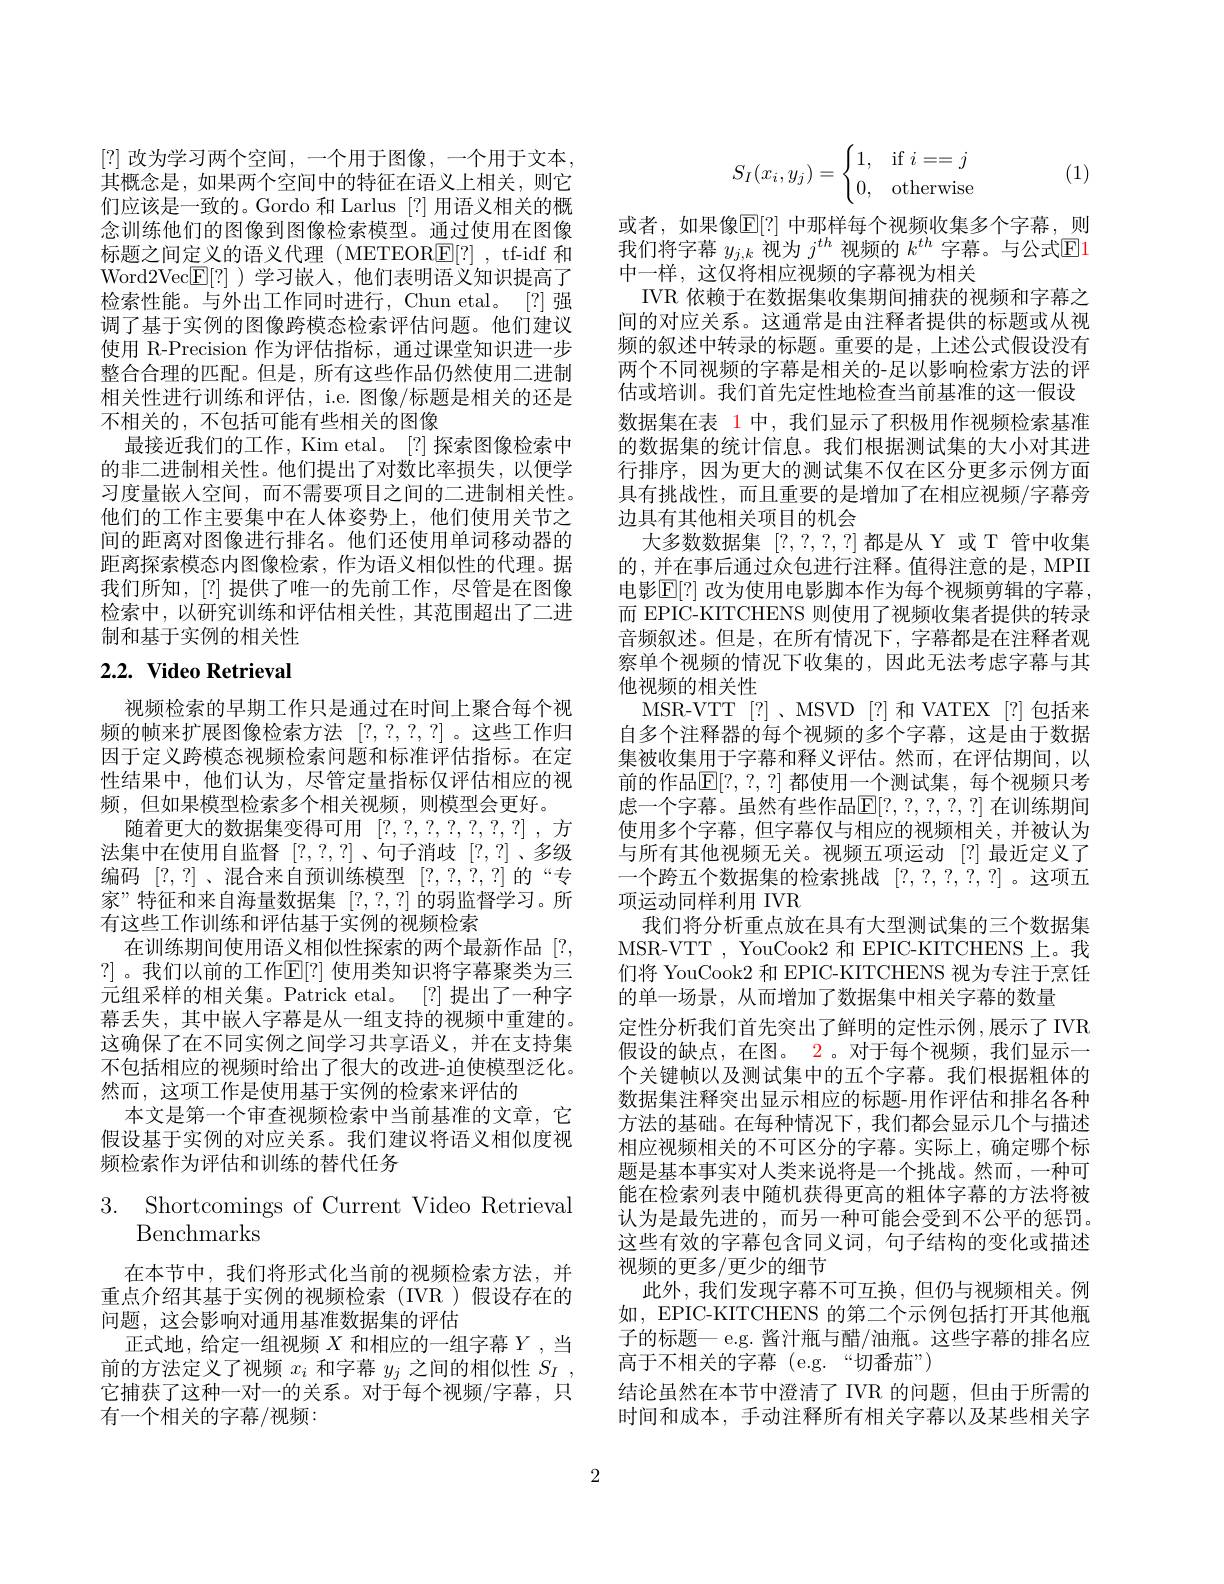
[?] 改为学习两个空间，一个用于图像，一个用于文本， 其概念是，如果两个空间中的特征在语义上相关，则它们应该是一致的。Gordo 和 Larlus [?]用语义相关的概念训练他们的图像到图像检索模型。通过使用在图像标题之间定义的语义代理(METEOR$\boxed{\mathrm{F}}[?]$, tf-idf 和Word2Vec$\boxed{\mathbb{E}}[?]$ )学习嵌入，他们表明语义知识提高了检索性能。与外出工作同时进行，Chun etal。[?] 强调了基于实例的图像跨模态检索评估问题。他们建议使用 R-Precision 作为评估指标，通过课堂知识进一步整合合理的匹配。但是，所有这些作品仍然使用二进制相关性进行训练和评估，i.e. 图像/标题是相关的还是不相关的，不包括可能有些相关的图像
最接近我们的工作，Kim etal。[?]探索图像检索中的非二进制相关性。他们提出了对数比率损失，以便学习度量嵌入空间，而不需要项目之间的二进制相关性。他们的工作主要集中在人体姿势上，他们使用关节之间的距离对图像进行排名。他们还使用单词移动器的距离探索模态内图像检索，作为语义相似性的代理。据我们所知，[?] 提供了唯一的先前工作，尽管是在图像检索中，以研究训练和评估相关性，其范围超出了二进制和基于实例的相关性2.2. Video Retrieval

视频检索的早期工作只是通过在时间上聚合每个视频的帧来扩展图像检索方法[?,?,?,?]。这些工作归因于定义跨模态视频检索问题和标准评估指标。在定性结果中，他们认为，尽管定量指标仅评估相应的视频，但如果模型检索多个相关视频，则模型会更好。
随着更大的数据集变得可用[?,?,?,?,?,?,?,?] ,方法集中在使用自监督[?,?,?]、句子消歧[?,?]、多级编码[?,?] 、混合来自预训练模型[?,?,?,?]的“专家”特征和来自海量数据集$[?,?,?]\dot{\text{的弱监督学习。所}}$ 有这些工作训练和评估基于实例的视频检索
在训练期间使用语义相似性探索的两个最新作品[?, ?]。我们以前的工作$\mathbb{E}[?]$ 使用类知识将字幕聚类为三元组采样的相关集。Patrick etal。[?]提出了一种字幕丢失，其中嵌人字幕是从一组支持的视频中重建的。这确保了在不同实例之间学习共享语义，并在支持集不包括相应的视频时给出了很大的改进-迫使模型泛化。然而，这项工作是使用基于实例的检索来评估的
本文是第一个审查视频检索中当前基准的文章，它假设基于实例的对应关系。我们建议将语义相似度视频检索作为评估和训练的替代任务

# 3. ${\mathrm{Shortcomings~of~Current~Video~Retrieval}}$ Benchmarks

在本节中，我们将形式化当前的视频检索方法，并重点介绍其基于实例的视频检索(IVR)假设存在的问题，这会影响对通用基准数据集的评估
正式地，给定一组视频$X$和相应的一组字幕$Y$,当前的方法定义了视频$x_i$和字幕$y_j$之间的相似性$S_I$, 它捕获了这种一对一的关系。对于每个视频/字幕，只有一个相关的字幕/视频：
$$S_I(x_i,y_j)=\begin{cases}1,&\text{if}i==j\\0,&\text{otherwise}\end{cases}$$
(1)

或者，如果像$\mathbb{E}[?]$ 中那样每个视频收集多个字幕，则我们将字幕$y_{j,k}$视为$j^{th}$视频的$k^th$字幕。与公式$\mathbb{E}$1中一样，这仅将相应视频的字幕视为相关
IVR 依赖于在数据集收集期间捕获的视频和字幕之间的对应关系。这通常是由注释者提供的标题或从视频的叙述中转录的标题。重要的是，上述公式假设没有两个不同视频的字幕是相关的-足以影响检索方法的评估或培训。我们首先定性地检查当前基准的这一假设数据集在表 1 中，我们显示了积极用作视频检索基准的数据集的统计信息。我们根据测试集的大小对其进行排序，因为更大的测试集不仅在区分更多示例方面具有挑战性，而且重要的是增加了在相应视频/字幕旁边具有其他相关项目的机会
大多数数据集[?,?,?,?]都是从 Y 或 T 管中收集的 , 并在事后通过众包进行注释。值得注意的是 , MPII 电影$\mathbb{E}[?]$ 改为使用电影脚本作为每个视频剪辑的字幕， 而 EPIC-KITCHENS 则使用了视频收集者提供的转录音频叙述。但是，在所有情况下，字幕都是在注释者观察单个视频的情况下收集的，因此无法考虑字幕与其他视频的相关性
MSR-VTT [?]、MSVD [?]和 VATEX [?]包括来自多个注释器的每个视频的多个字幕，这是由于数据集被收集用于字幕和释义评估。然而，在评估期间，以前的作品$\mathbb{E}[?,?,?]$ 都使用一个测试集，每个视频只考虑一个字幕。虽然有些作品$\mathbb{E}[?,?,?,?,?]$ 在训练期间使用多个字幕，但字幕仅与相应的视频相关，并被认为与所有其他视频无关。视频五项运动 [?]最近定义了一个跨五个数据集的检索挑战[?,?,?,?,?] 。这项五项运动同样利用 IVR
我们将分析重点放在具有大型测试集的三个数据集MSR-VTT , YouCook2 和 EPIC-KITCHENS 上。我们将 YouCook2 和 EPIC-KITCHENS 视为专注于烹饪的单一场景，从而增加了数据集中相关字幕的数量
定性分析我们首先突出了鲜明的定性示例，展示了IVR 假设的缺点，在图。2。对于每个视频，我们显示一个关键帧以及测试集中的五个字幕。我们根据粗体的数据集注释突出显示相应的标题-用作评估和排名各种方法的基础。在每种情况下，我们都会显示几个与描述相应视频相关的不可区分的字幕。实际上，确定哪个标题是基本事实对人类来说将是一个挑战。然而，一种可能在检索列表中随机获得更高的粗体字幕的方法将被认为是最先进的，而另一种可能会受到不公平的惩罚。这些有效的字幕包含同义词，句子结构的变化或描述视频的更多/更少的细节
此外，我们发现字幕不可互换，但仍与视频相关。例如，EPIC-KITCHENS 的第二个示例包括打开其他瓶子的标题— e.g. 酱汁瓶与醋/油瓶。这些字幕的排名应高于不相关的字幕 (e.g.“切番茄”)
结论虽然在本节中澄清了 IVR 的问题，但由于所需的时间和成本，手动注释所有相关字幕以及某些相关字

2